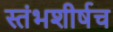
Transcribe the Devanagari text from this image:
स्तंभशीर्षच